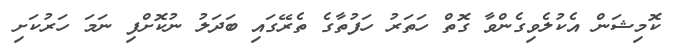
ކޮމިޝަން އެކުލެވިގެންވާ ގޮތް ހަތަރު ހަފުތާގެ ތެރޭގައި ބަދަލު ނުކޮށްފި ނަމަ ހަރުކަށި